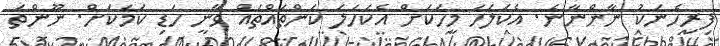
ފިރިހެނަކު ނާންނާނެ. އެކަލަހަ މީހަކަށް އެކަހަލަ ކަންތައްތައް ވާނީ ހަޑި ކަމަކަށް. ނޫންތަ